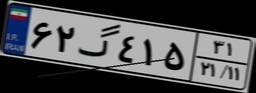
۶۲گ۴۱۵۳۱